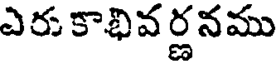
ఎరు కాభివ ర్ణనము